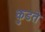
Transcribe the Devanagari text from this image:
कुडते